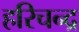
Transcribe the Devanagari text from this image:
हरिचन्द्र